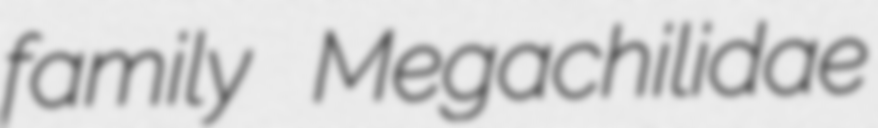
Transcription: family Megachilidae